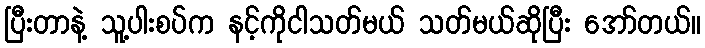
ပြီးတာနဲ့ သူ့ပါးစပ်က နင့်ကိုငါသတ်မယ် သတ်မယ်ဆိုပြီး အော်တယ်။